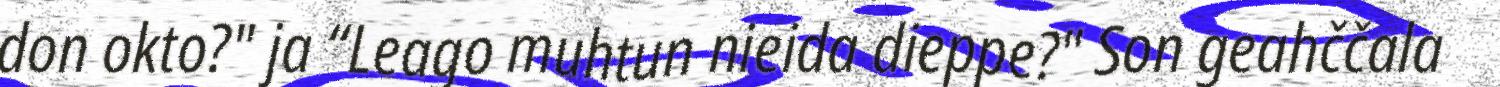
don okto?" ja “Leago muhtun nieida dieppe?" Son geahččala